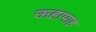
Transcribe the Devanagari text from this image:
ऊहापाह